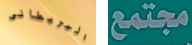
البريطانى مجتمع